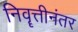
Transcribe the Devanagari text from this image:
निवॄत्तीनंतर